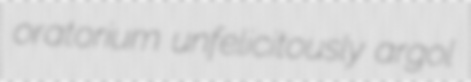
oratorium unfelicitously argol